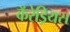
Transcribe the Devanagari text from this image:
कॅरेड्रियस